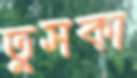
তুসকা